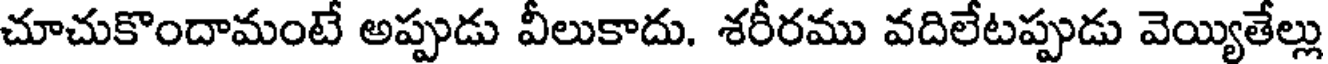
చూచుకొందామంటే అప్పుడు వీలుకాదు. శరీరము వదిలేటప్పుడు వెయ్యితేల్లు